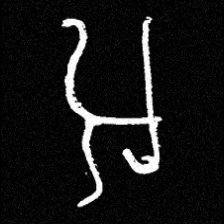
Pyu character \u2014 Myanmar letter: အ (romanized: a)